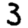
Digit: 3